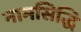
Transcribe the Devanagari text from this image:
नामसिद्धि